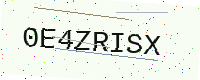
Text: 0E4ZRISX